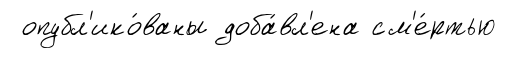
опубл'ико́ваны доба́вл'ена см'е́ртью